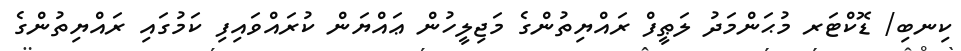
ކިނބި/ ޑޮކްޓަރ މުޙަންމަދު ލަޠީފް ރައްޔިތުންގެ މަޖިލީހުން ޢައްޔަން ކުރައްވައިފި ކަމުގައި ރައްޔިތުންގެ